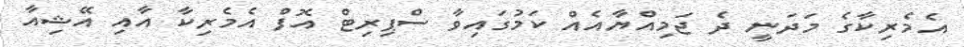
އެމެރިކާގެ މަދަނީ ދެ ޖަމިއްޔާއެއް ކަމުގައިވާ ސްޕިރިޓް އޮފް އެމެރިކާ އާއި އޭޝިއާ